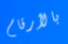
بالأرقام